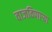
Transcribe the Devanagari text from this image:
वाजविणार्‍या